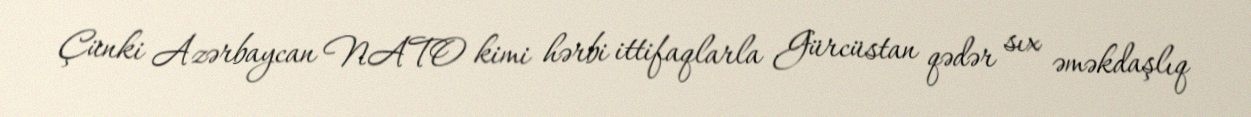
Çünki Azərbaycan NATO kimi hərbi ittifaqlarla Gürcüstan qədər sıx əməkdaşlıq